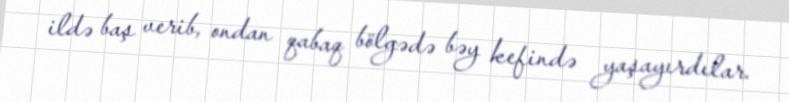
ildə baş verib, ondan qabaq bölgədə bəy kefində yaşayırdılar.